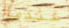
عندما